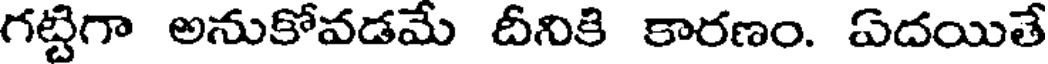
గట్టిగా అనుకోవడమే దీనికి కారణం. ఏదయితే